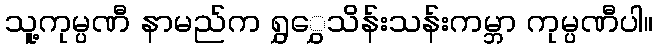
သူ့ကုမ္ပဏီ နာမည်က ရွှွှေသိန်းသန်းကမ္ဘာ ကုမ္ပဏီပါ။